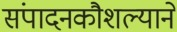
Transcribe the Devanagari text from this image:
संपादनकौशल्याने